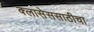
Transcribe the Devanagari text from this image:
क्लासेससाठीचा